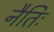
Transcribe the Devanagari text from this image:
नैतिः